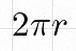
2\pi r